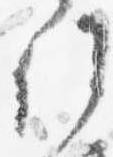
行